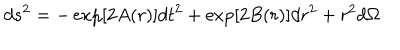
d s ^ { 2 } = - \exp [ 2 A ( r ) ] d t ^ { 2 } + \exp [ 2 B ( r ) ] d r ^ { 2 } + r ^ { 2 } d \Omega